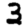
Digit: 3